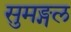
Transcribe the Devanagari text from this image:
सुमङ्गल